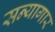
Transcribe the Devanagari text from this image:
सन्यागार